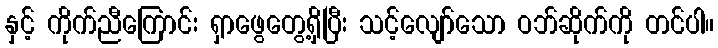
နှင့် ကိုက်ညီကြောင်း ရှာဖွေတွေ့ရှိပြီး သင့်လျော်သော ဝဘ်ဆိုက်ကို တင်ပါ။